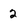
Character: 2